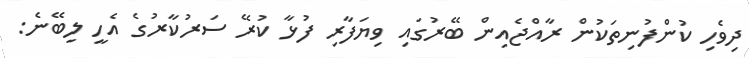
ދިވެހި ކުންފުނިތަކުން ރާއްޖެއިން ބޭރުގައި ވިޔަފާރި ފުޅާ ކުރޭ ސަރުކާރުގެ އެހީ ލިބޭނެ: